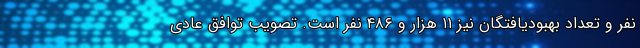
نفر و تعداد بهبودیافتگان نیز ۱۱ هزار و ۴۸۶ نفر است. تصویب توافق عادی